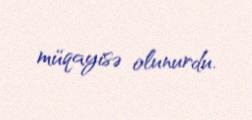
müqayisə olunurdu.